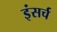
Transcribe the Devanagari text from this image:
इंसर्च